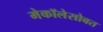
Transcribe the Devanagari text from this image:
मेकॉलेसोबत